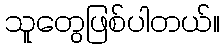
သူတွေဖြစ်ပါတယ်။